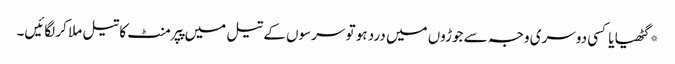
*گٹھیا یا کسی دوسری وجہ سے جوڑوں میں درد ہو تو سرسوں کے تیل میں پپرمنٹ کا تیل ملا کر لگائیں۔